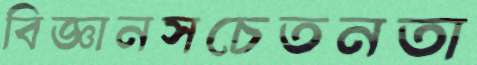
বিজ্ঞানসচেতনতা